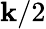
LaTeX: \mathbf{k}/2